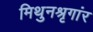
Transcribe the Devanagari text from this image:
मिथुनश्रृगांर